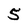
Character: 5